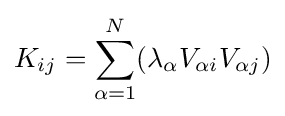
K_{ij}=\sum _{\alpha =1}^{N}(\lambda _{\alpha }V_{\alpha i}V_{\alpha j})\,\!